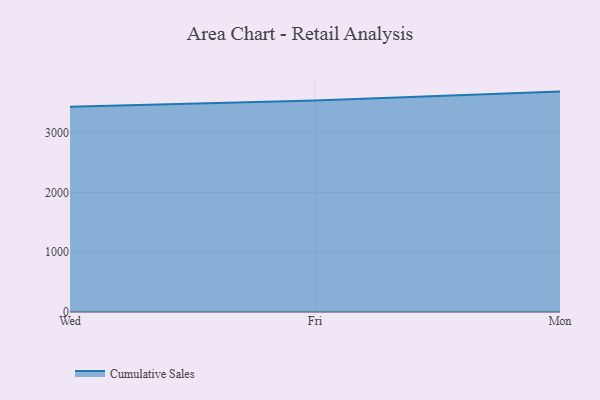
{"axis": {"x": "Day", "y": "Latency (ms)"}, "legend": ["Cumulative Sales"], "data": [{"x": "Wed", "y": 3432.4, "type": "Cumulative Sales"}, {"x": "Fri", "y": 3537.7, "type": "Cumulative Sales"}, {"x": "Mon", "y": 3687.4, "type": "Cumulative Sales"}]}